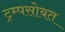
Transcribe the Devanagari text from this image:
ट्रम्पसोबत